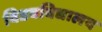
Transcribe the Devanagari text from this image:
विडवविद्यालय